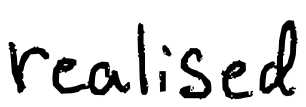
Text: realised
Cross-out: clean
Writing tool: digital_black